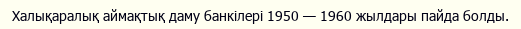
Халықаралық аймақтық даму банкілері 1950 — 1960 жылдары пайда болды.